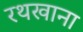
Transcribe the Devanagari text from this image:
रथखाना